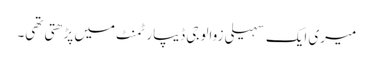
میری ایک سہیلی زوالوجی ڈیپارٹمنٹ میں پڑھتی تھی۔